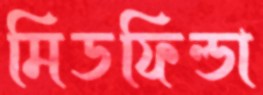
মিডফিল্ডা